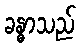
ခန္ဓာသည်